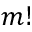
m !